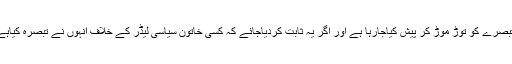
مذکورہ ایس پی لیڈر نے دعوی کیا کہ ان کے تبصرے کو توڑ موڑ کر پیش کیاجارہا ہے اور اگر یہ ثابت کردیاجائے کہ کسی خاتون سیاسی لیڈر کے خلاف انہوں نے تبصرہ کیاہے الیکشن سے وہ دستبردار ی اختیار کرلیں گے۔